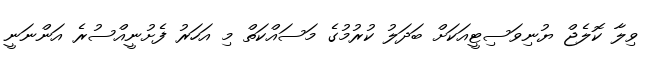
ވިލާ ކޮލެޖް ޔުނިވަސިޓީއަކަށް ބަދަލު ކުރުމުގެ މަސައްކަތް މި އަހަރު ފެށުނީއްސުރެ އަންނަނީ